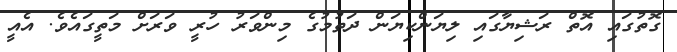
ގޮތުގައި އޮތް ރަޝިޔާގައި ލިޔަންކިޔަން ދަތުމުގެ މިންވަރު ހުރީ ވަރަށް މަތީގައެވެ. އެއީ